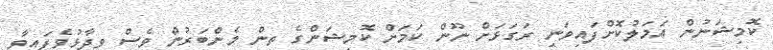
ކޮމިޝަނުން އަމަލުކޮށްފައިވަނީ ރަގަޅަށް ނޫން ކަމަށް ކޮމިޝަންގެ ތިން މެންބަރުން ވެސް ވިދާޅުވެފައިވާ